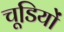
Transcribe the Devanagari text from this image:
चूडि़यों